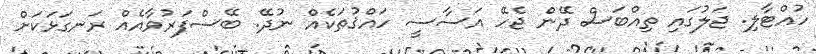
ހުއްޓާލި. ޖަލުގައި ތިއްބަސް ދޭން ޖެހޭ އަސާސީ ހައްޤުތަކެއް ނުދޭ. ބޭސްފަރުވާއެއް ރަނގަޅަކަށް